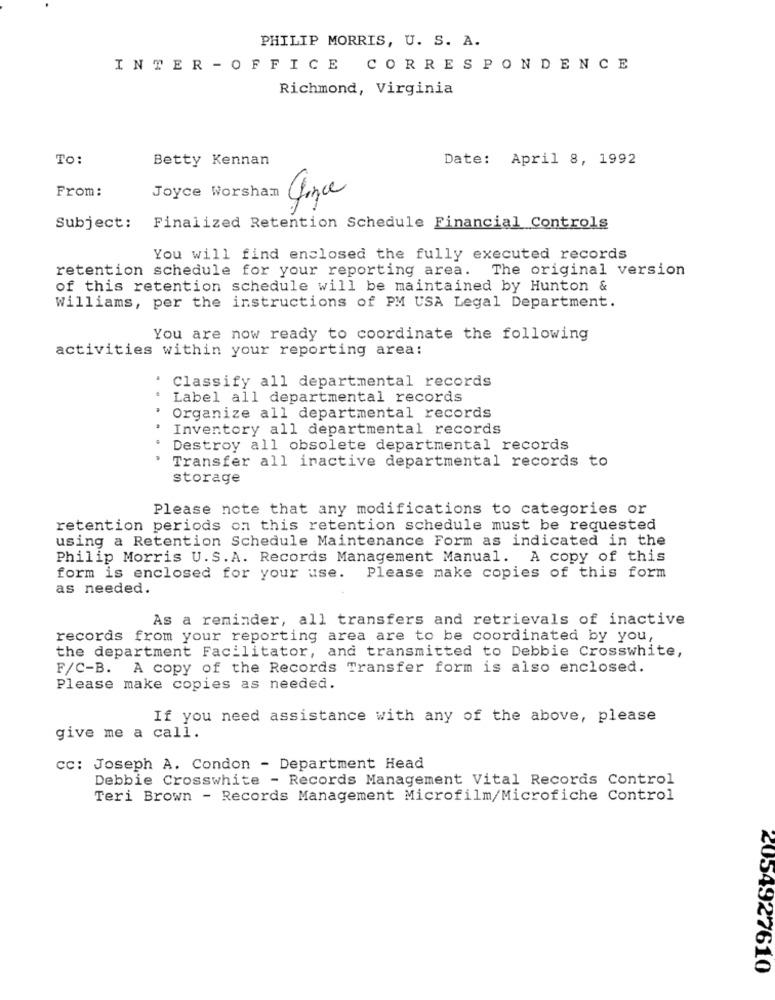
PHILIP MORRIS, U. S. A.
INTER - OFFICE CORRESPONDENCE
Richmond, Virginia
TO:
Betty Kennan
Date: April 8, 1992
From:
Joyce Worsham
Since
Subject:
Finalized Retention Schedule Financial Controls
You will find enclosed the fully executed records
retention schedule for your reporting area.
The original version
of this retention schedule will be maintained by Hunton &
Williams, per the instructions of PM USA Legal Department.
You are now ready to coordinate the following
activities within your reporting area:
Classify all departmental records
Label all departmental records
Organize all departmental records
Inventory all departmental records
Destroy all obsolete departmental records
Transfer all inactive departmental records to
storage
Please note that any modifications to categories or
retention periods on this retention schedule must be requested
using a Retention Schedule Maintenance Form as indicated in the
Philip Morris U.S.A. Records Management Manual. A copy of this
form is enclosed for your use. Please make copies of this form
as needed.
As a reminder, all transfers and retrievals of inactive
records from your reporting area are to be coordinated by you,
the department Facilitator, and transmitted to Debbie Crosswhite,
F/C-B. A copy of the Records Transfer form is also enclosed.
Please make copies as needed.
If you need assistance with any of the above, please
give me a call.
cc: Joseph A. Condon - Department Head
Debbie Crosswhite - Records Management Vital Records Control
Teri Brown - Records Management Microfilm/Microfiche Control
2054927610